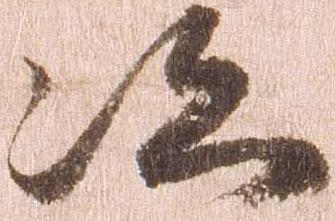
次